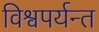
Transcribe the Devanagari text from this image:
विश्वपर्यन्त